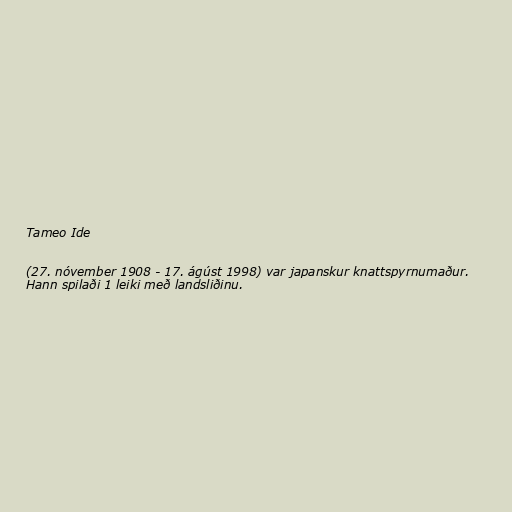
Tameo Ide

(27. nóvember 1908 - 17. ágúst 1998) var japanskur knattspyrnumaður.
Hann spilaði 1 leiki með landsliðinu.